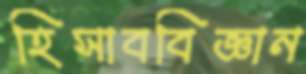
হিসাববিজ্ঞান